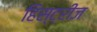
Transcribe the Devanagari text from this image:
हिस्ट्रीज